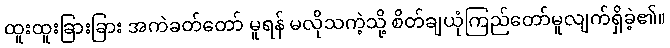
ထူးထူးခြားခြား အကဲခတ်တော် မူရန် မလိုသကဲ့သို့ စိတ်ချယုံကြည်တော်မူလျက်ရှိခဲ့၏။